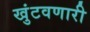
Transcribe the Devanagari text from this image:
खुंटवणारी